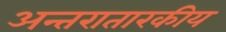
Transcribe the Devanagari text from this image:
अन्तरातारकीय